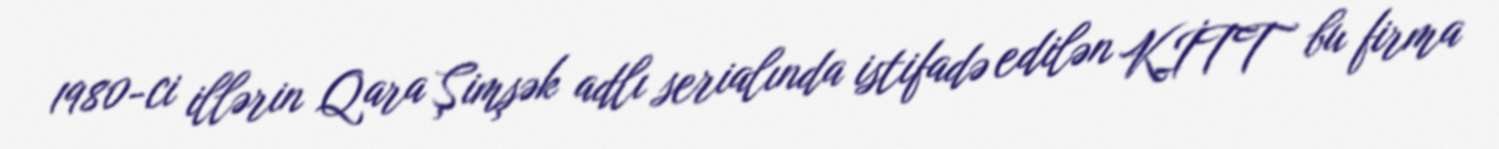
1980-ci illərin Qara Şimşək adlı serialında istifadə edilən KİTT bu firma